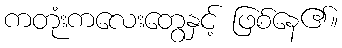
ကတုံးကလေးတွေနှင့် ဖြစ်နေ၏။